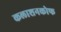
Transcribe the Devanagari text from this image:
कलाशनकोफ